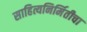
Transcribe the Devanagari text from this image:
साहित्यनिर्मितीचा